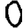
Digit: 0